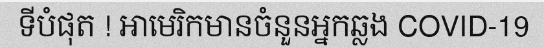
ទីបំផុត ! អាមេរិកមានចំនួនអ្នកឆ្លង COVID-19